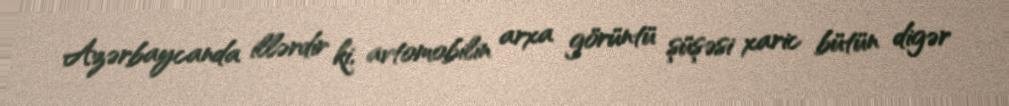
Azərbaycanda illərdir ki, avtomobilin arxa görüntü şüşəsi xaric bütün digər